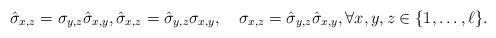
LaTeX: \begin{align*} \hat\sigma_{x,z} = \sigma_{y,z} \hat\sigma_{x,y},\hat\sigma_{x,z} = \hat \sigma_{y,z} \sigma_{x,y},\quad\sigma_{x,z} = \hat \sigma_{y,z} \hat\sigma_{x,y},\forall x,y,z \in \{1,\dots,\ell\}.\end{align*}